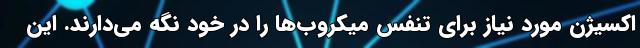
اکسیژن مورد نیاز برای تنفس میکروب‌ها را در خود نگه می‌دارند. این